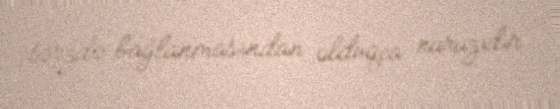
tərzdə bağlanmasından olduqca narazıdır.